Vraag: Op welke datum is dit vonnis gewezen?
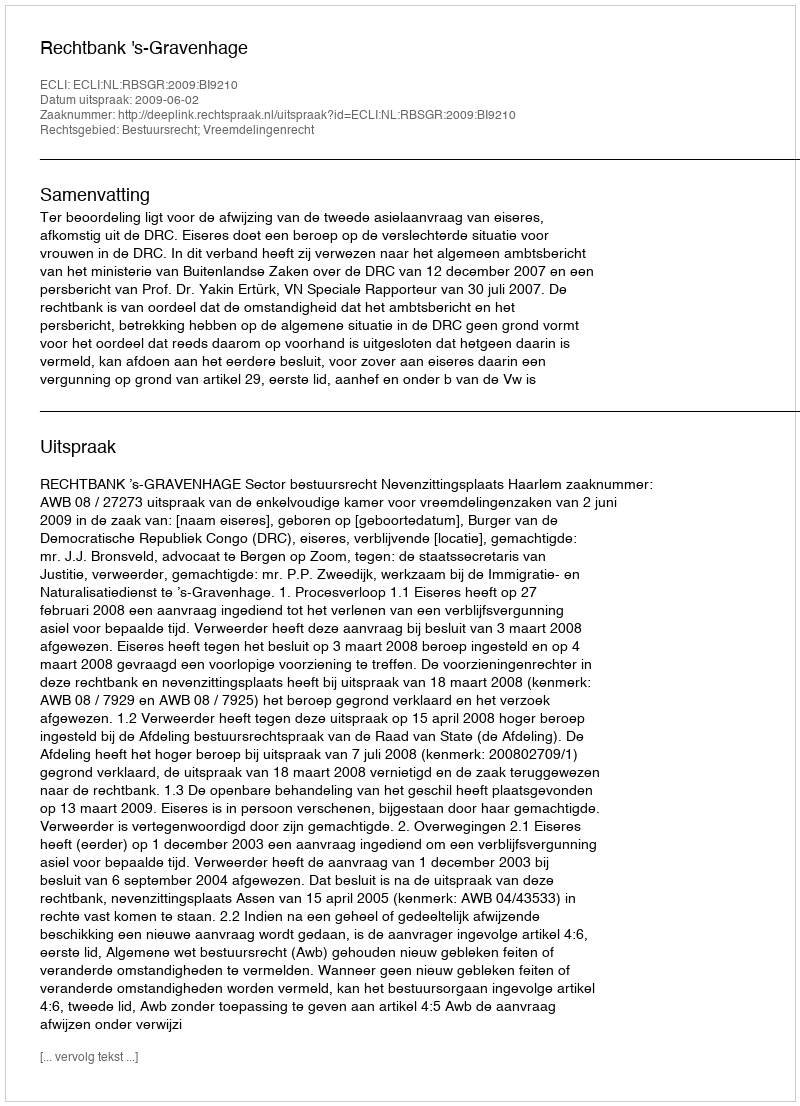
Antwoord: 2009-06-02